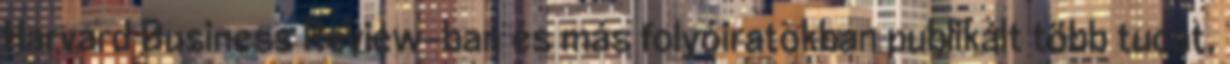
Harvard Business Review-ban és más folyóiratokban publikált több tucat,